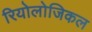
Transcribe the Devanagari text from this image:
रियोलोजिकल